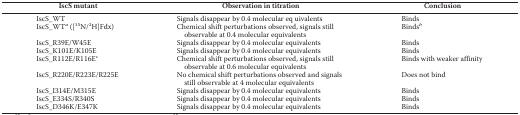
<table><thead><tr><td><b>IscS mutant</b></td><td><b>Observation in titration</b></td><td><b>Conclusion</b></td></tr></thead><tbody><tr><td>IscS_WT</td><td>Signals disappear by 0.4 molecular eq uivalents</td><td>Binds</td></tr><tr><td>IscS_WT<i><sup>a</sup></i> ([<sup>15</sup>N/<sup>2</sup>H]Fdx)</td><td>Chemical shift perturbations observed, signals still observable at 0.4 molecular equivalents</td><td>Binds<i><sup>b</sup></i></td></tr><tr><td>IscS_R39E/W45E</td><td>Signals disappear by 0.4 molecular equivalents</td><td>Binds</td></tr><tr><td>IscS_K101E/K105E</td><td>Signals disappear by 0.4 molecular equivalents</td><td>Binds</td></tr><tr><td>IscS_R112E/R116E<i><sup>c</sup></i></td><td>Chemical shift perturbations observed, signals still observable at 0.6 molecular equivalents</td><td>Binds with weaker affinity</td></tr><tr><td>IscS_R220E/R223E/R225E</td><td>No chemical shift perturbations observed and signals still observable at 4 molecular equivalents</td><td>Does not bind</td></tr><tr><td>IscS_I314E/M315E</td><td>Signals disappear by 0.4 molecular equivalents</td><td>Binds</td></tr><tr><td>IscS_E334S/R340S</td><td>Signals disappear by 0.4 molecular equivalents</td><td>Binds</td></tr><tr><td>IscS_D346K/E347K</td><td>Signals disappear by 0.4 molecular equivalents</td><td>Binds</td></tr></tbody></table>